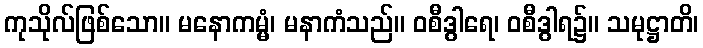
ကုသိုလ်ဖြစ်သော။ မနောကမ္မံ၊ မနာကံသည်။ ဝစီဒွါရေ၊ ဝစီဒွါရ၌။ သမုဋ္ဌာတိ၊